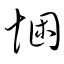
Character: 悃